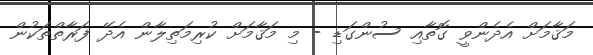
މަޤާމަށް އެދެންވީ ގޮތާއި ސުންގަޑި - މި މަޤާމަށް ކުރިމަތިލާން އެދޭ ފަރާތްތަކުން